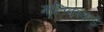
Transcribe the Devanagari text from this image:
मालिकांकडे